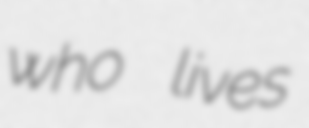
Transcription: who lives